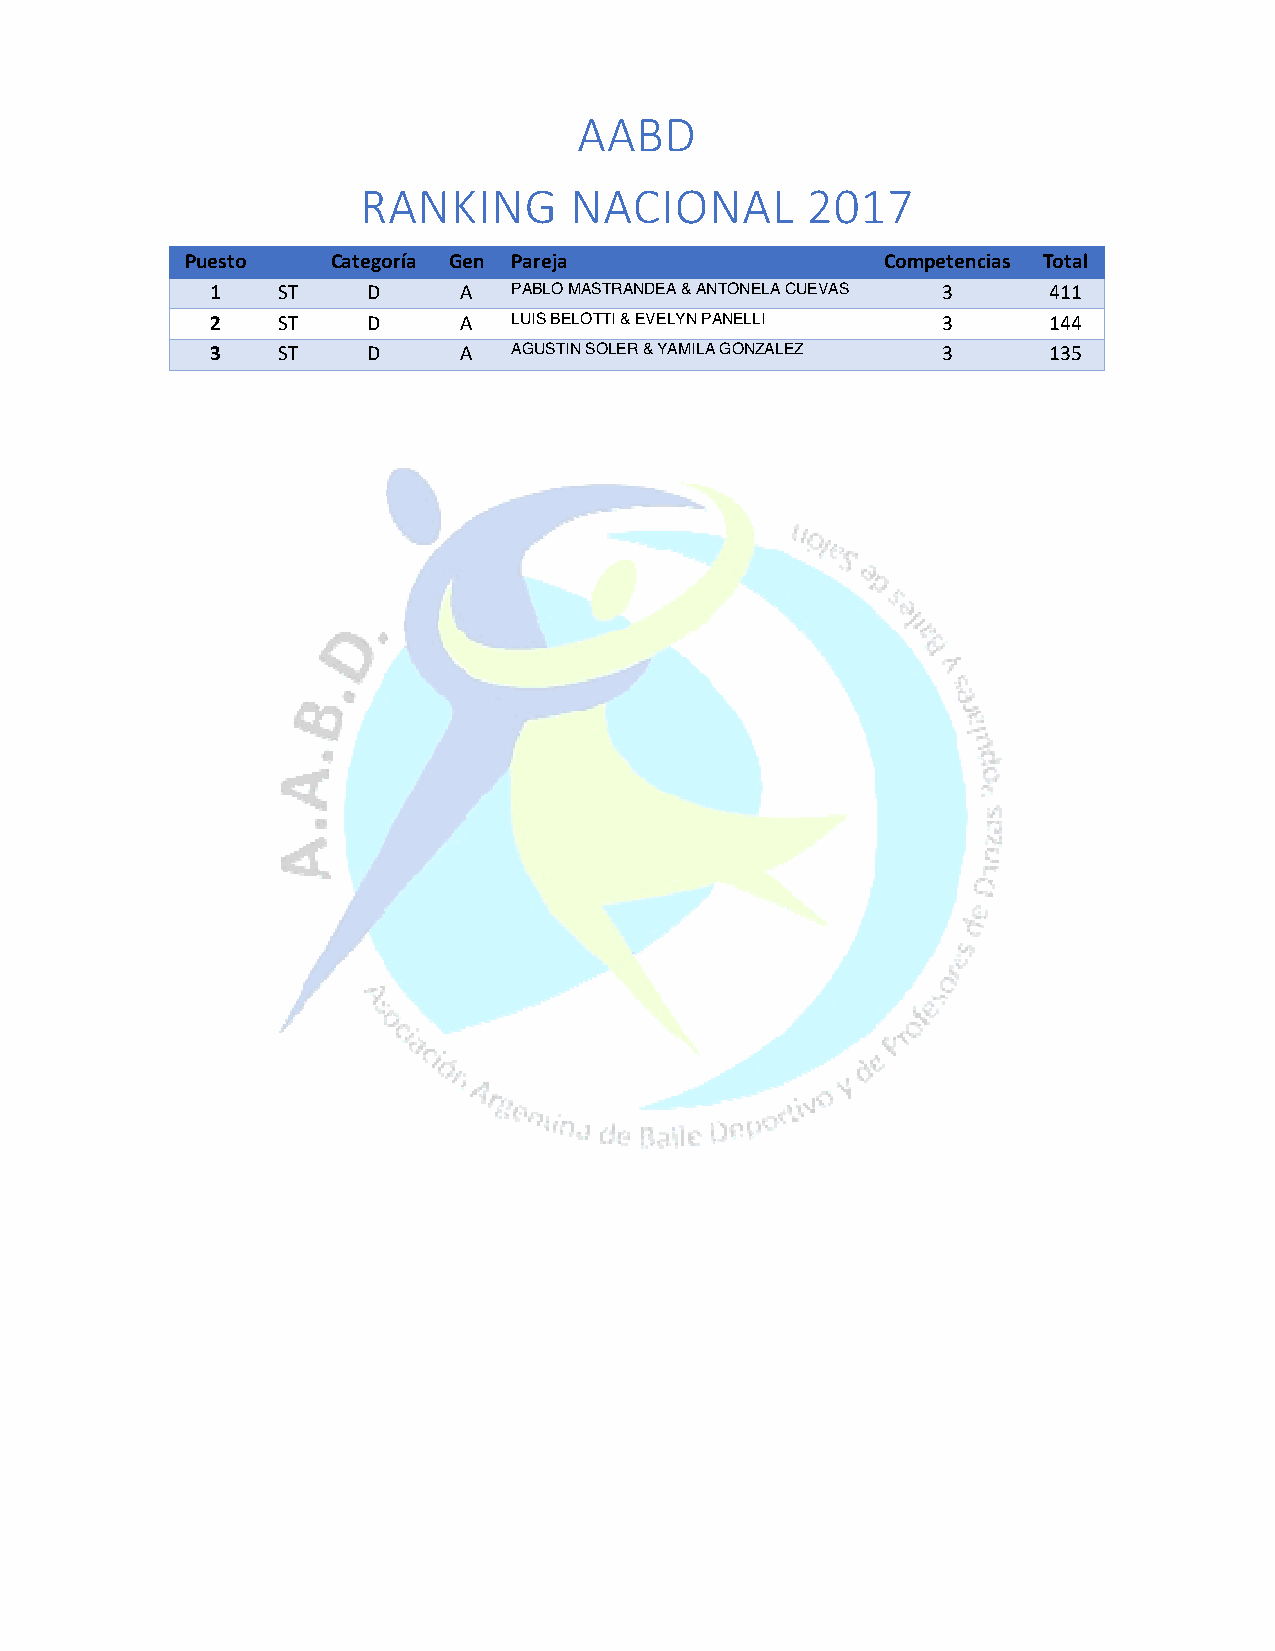
AABD
 RANKING       NACIONAL       2017
 Puesto    Categoría Gen Pareja                 Competencias Total
 1   ST    D     A   PABLO MASTRANDEA & ANTONELA CUEVAS 3 411
 2   ST    D     A   LUIS BELOTTI & EVELYN PANELLI 3    144
 3   ST    D     A   AGUSTIN SOLER & YAMILA GONZALEZ 3  135